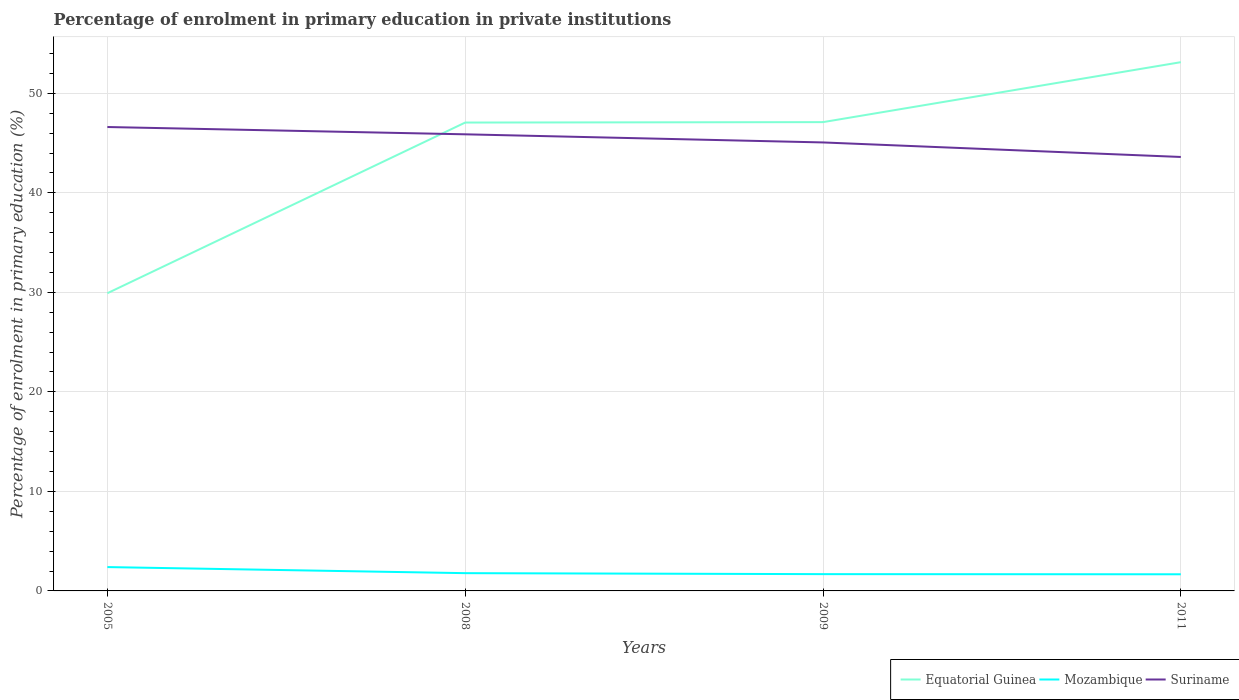
| Years | Equatorial Guinea | Mozambique | Suriname |
 | --- | --- | --- | --- |
 | 2005 | 29.9 | 2.4 | 46.6 |
 | 2008 | 47.1 | 1.79 | 45.9 |
 | 2009 | 47.1 | 1.69 | 45.1 |
 | 2011 | 53.1 | 1.67 | 43.6 |